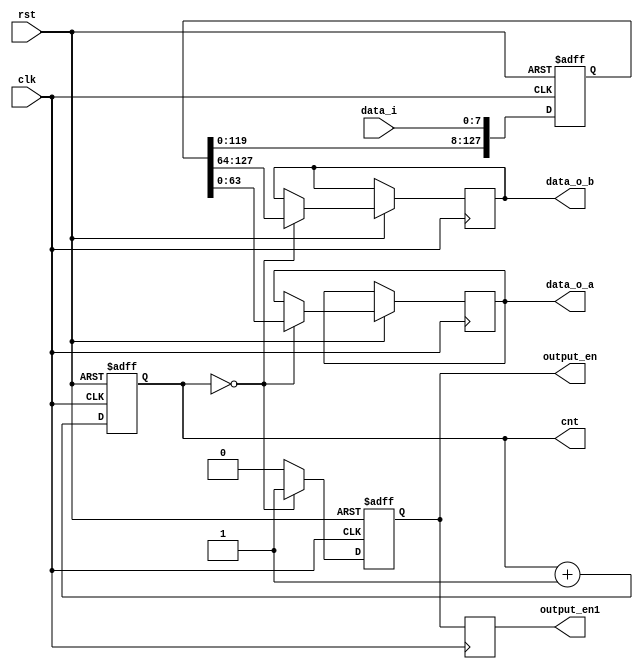
module x64_cbn(
    input clk,
    input rst,
    input [7:0] data_i,
    output reg [63:0] data_o_a,
    output reg [63:0] data_o_b,
    output reg output_en,
    output reg output_en1,
    output reg [3:0] cnt
    );
reg [3:0] cnt;
reg [127:0] data_o_temp;

always@(posedge clk or negedge rst)
begin
if(!rst)
begin
    cnt=0;
    output_en<=0;
    data_o_temp<=0;
end
else
    begin
    if(cnt == 0)
    begin
        cnt <= cnt + 1;
        output_en<=1;
        data_o_a<=data_o_temp[63:0];
        data_o_b<=data_o_temp[127:64];
        data_o_temp[127:8]<= data_o_temp[119:0];
        data_o_temp[7:0]<= data_i;
    end
else
    begin
        output_en<=0;        
        cnt <= cnt + 1;
        data_o_temp[127:8]<= data_o_temp[119:0];
        data_o_temp[7:0]<= data_i;
    end

//     if(cnt==16)
//     begin
//         cnt=0;
//         output_en=1;
//         data_o_a=data_o_temp[63:0];
//         data_o_b=data_o_temp[127:64];
// end
// else
//     begin
//         data_o_temp[127:8]= data_o_temp[119:0];
//         data_o_temp[7:0]= data_i;
//         cnt = cnt + 1;
//         output_en=0;
//     end


end
end
always@(posedge clk)
begin
    output_en1<=output_en;
end


endmodule